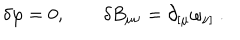
\delta \varphi = 0 , \quad \quad \delta B _ { \mu \nu } = \partial _ { [ \mu } \omega _ { \nu ] } ~ .